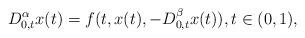
LaTeX: \begin{align*}D^{\alpha}_{0,t}x(t)=f(t,x(t), -D^{\beta}_{0,t}x(t)), t \in (0,1),\end{align*}